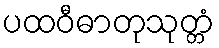
ပထဝီဓာတုသုတ္တံ